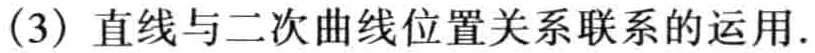
(3) 直线与二次曲线位置关系联系的运用.